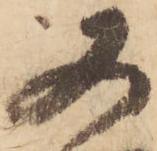
又